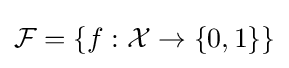
{\mathcal {F}}=\{f:{\mathcal {X}}\to \{0,1\}\}